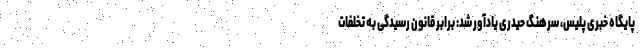
پایگاه خبری پلیس، سرهنگ حیدری یادآور شد: برابر قانون رسیدگی به تخلفات